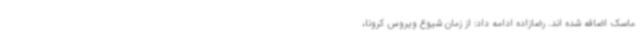
ماسک اضافه شده اند. رضازاده ادامه داد: از زمان شیوع ویروس کرونا،